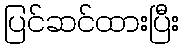
ပြင်ဆင်ထားပြီး